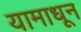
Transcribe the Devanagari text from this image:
यामाधून